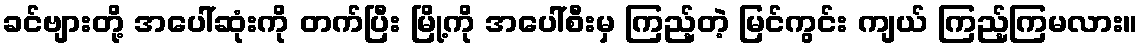
ခင်ဗျားတို့ အပေါ်ဆုံးကို တက်ပြီး မြို့ကို အပေါ်စီးမှ ကြည့်တဲ့ မြင်ကွင်း ကျယ် ကြည့်ကြမလား။